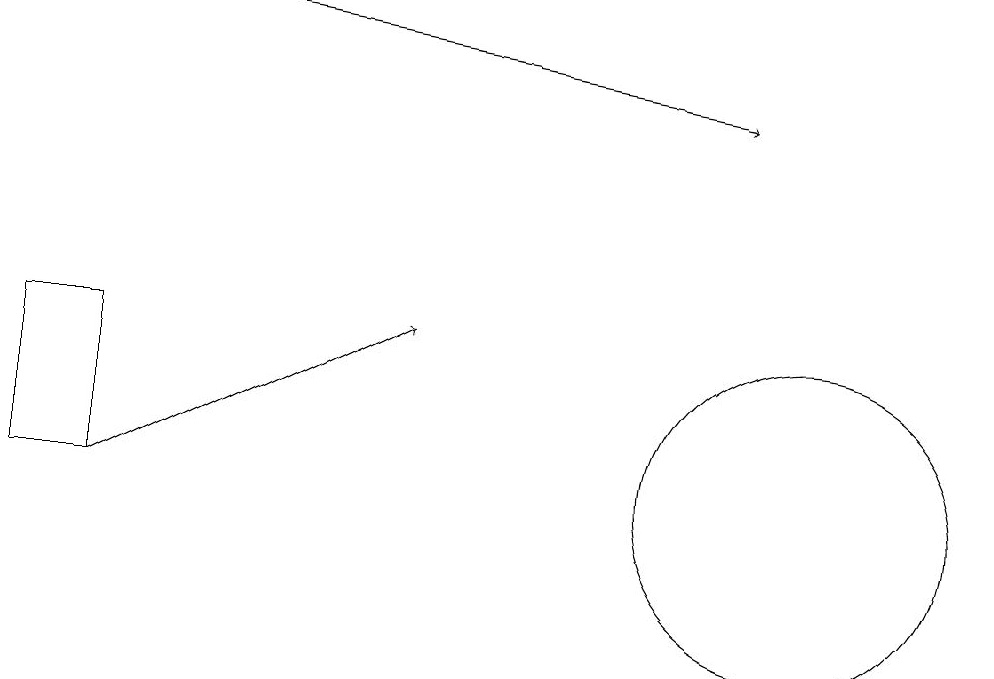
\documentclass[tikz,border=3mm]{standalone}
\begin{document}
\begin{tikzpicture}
\draw (0,10) rectangle (1,12);
\draw[->] (1,10) -- (5,12);
\draw (10,10) circle (2);
\draw[->] (3,16) -- (9,15);
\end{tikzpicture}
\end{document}